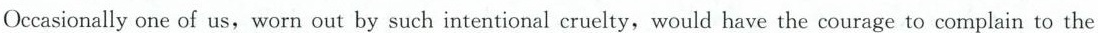
Occasionally one of us, worn out by such intentional cruelty, would have the courage to complain to the